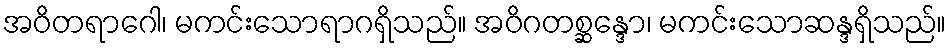
အဝိတရာဂေါ၊ မကင်းသောရာဂရှိသည်။ အဝိဂတစ္ဆန္ဒော၊ မကင်းသောဆန္ဒရှိသည်။